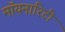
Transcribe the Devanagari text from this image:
मॉयनारिटी